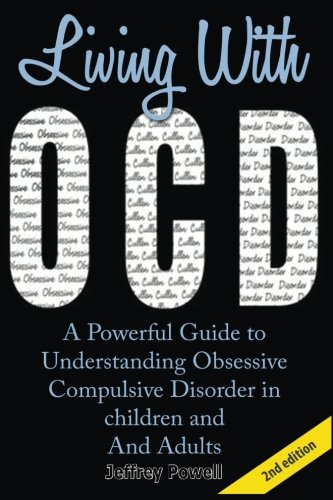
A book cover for Living With OCD: A Powerful Guide To  Understanding Obsessive  Compulsive Disorder in  Children And Adults; Jeffrey Powell; Health, Fitness & Dieting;